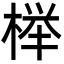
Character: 榉